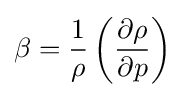
\beta ={\frac {1}{\rho }}\left({\frac {\partial \rho }{\partial p}}\right)